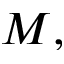
M ,